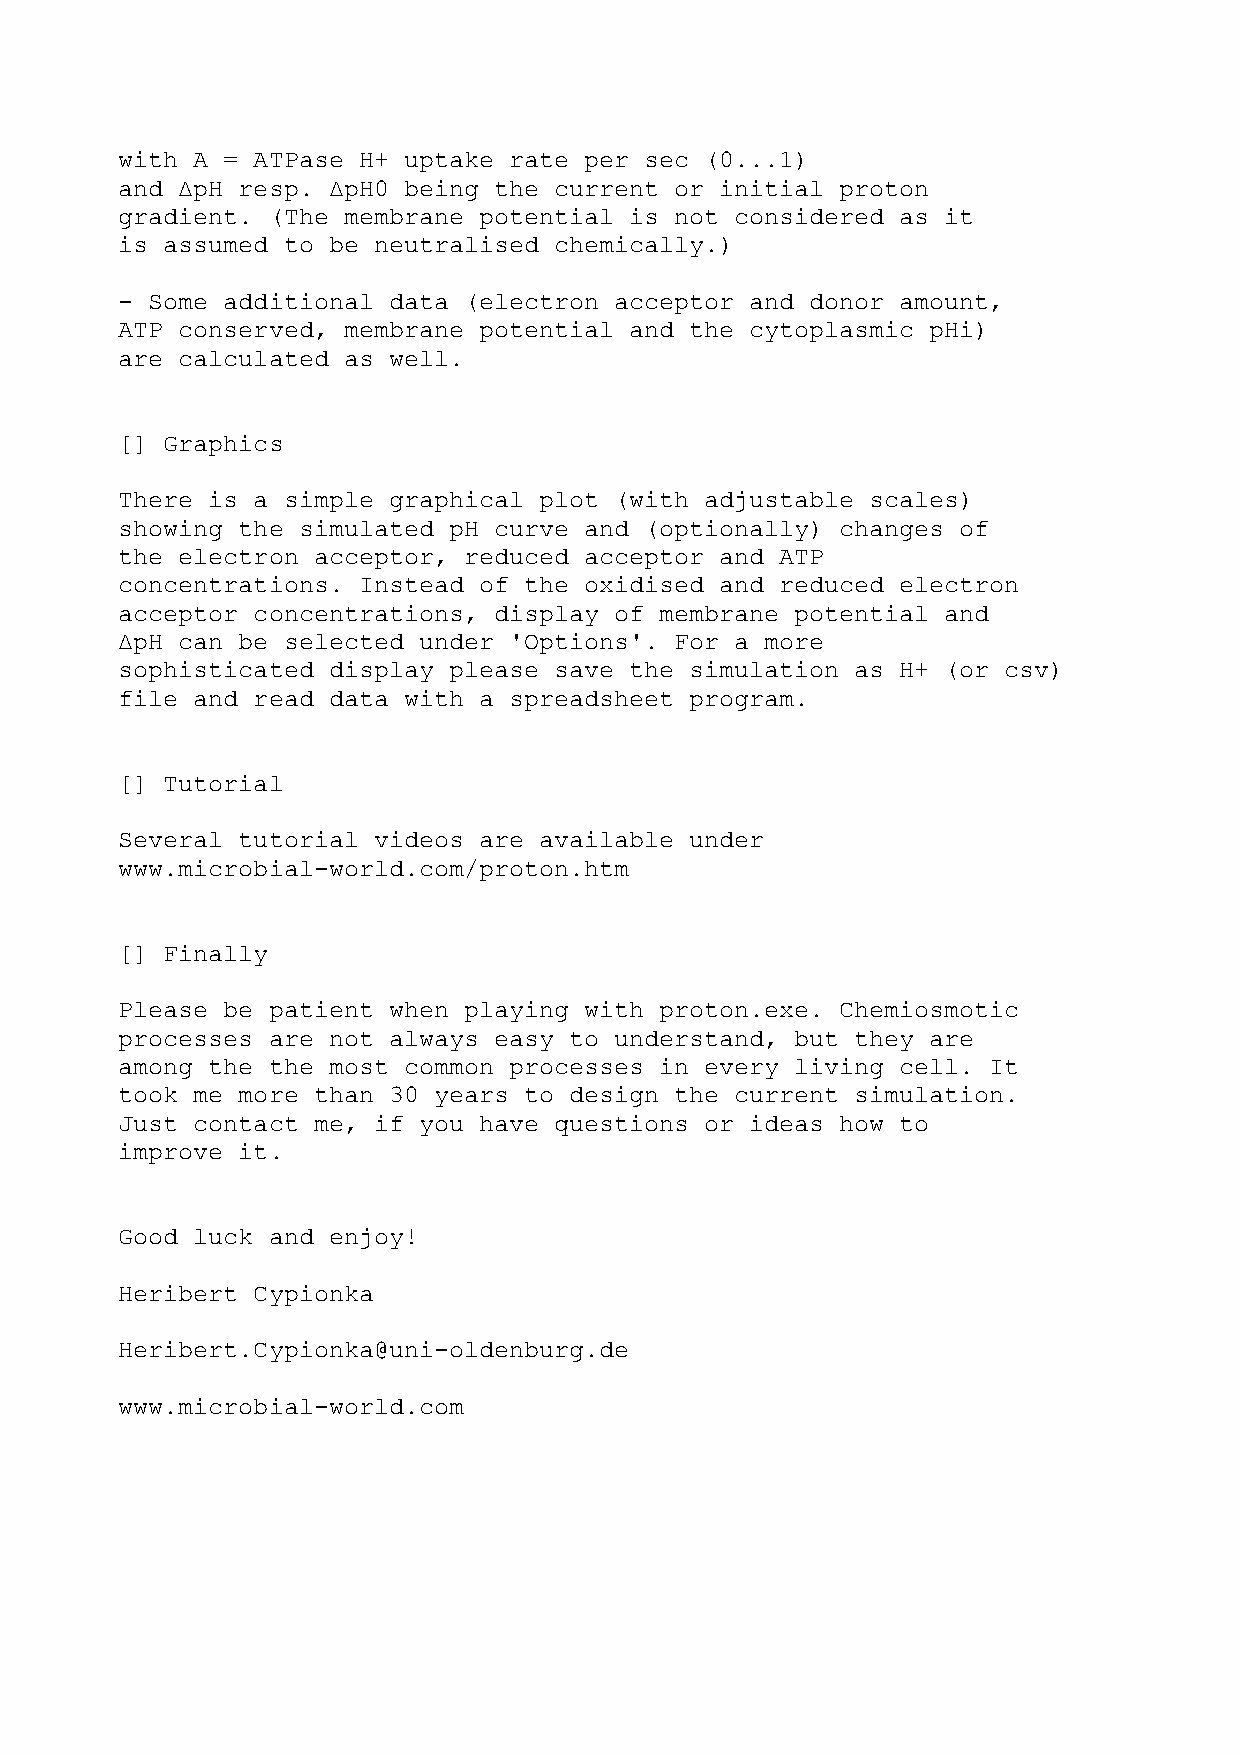
with A = ATPase H+ uptake rate per sec (0...1)
 and ΔpH resp. ΔpH0 being the current or initial proton
 gradient. (The membrane potential is not considered as it
 is assumed to be neutralised chemically.)
 - Some additional data (electron acceptor and donor amount,
 ATP conserved, membrane potential and the cytoplasmic pHi)
 are calculated as well.
 [] Graphics
 There is a simple graphical plot (with adjustable scales)
 showing the simulated pH curve and (optionally) changes of
 the electron acceptor, reduced acceptor and ATP
 concentrations. Instead of the oxidised and reduced electron
 acceptor concentrations, display of membrane potential and
 ΔpH can be selected under 'Options'. For a more
 sophisticated display please save the simulation as H+ (or csv)
 file and read data with a spreadsheet program.
 [] Tutorial
 Several tutorial videos are available under
 www.microbial-world.com/proton.htm
 [] Finally
 Please be patient when playing with proton.exe. Chemiosmotic
 processes are not always easy to understand, but they are
 among the the most common processes in every living cell. It
 took me more than 30 years to design the current simulation.
 Just contact me, if you have questions or ideas how to
 improve it.
 Good luck and enjoy!
 Heribert Cypionka
 Heribert.Cypionka@uni-oldenburg.de
 www.microbial-world.com